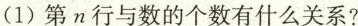
(1)第n行与数的个数有什么关系?